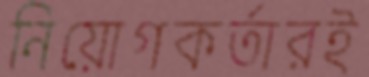
নিয়োগকর্তারই